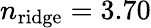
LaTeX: n_{\mathrm{ridge}}=3.70